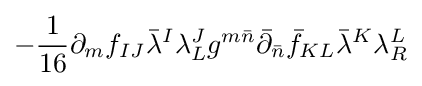
-{\frac {1}{16}}\partial _{m}f_{IJ}{\bar {\lambda }}^{I}\lambda _{L}^{J}g^{m{\bar {n}}}{\bar {\partial }}_{\bar {n}}{\bar {f}}_{KL}{\bar {\lambda }}^{K}\lambda _{R}^{L}